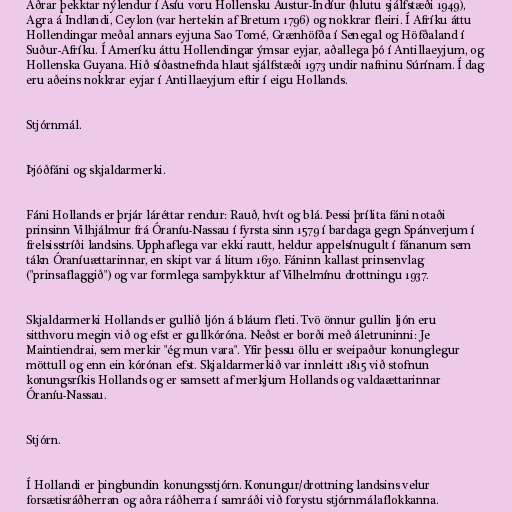
Aðrar þekktar nýlendur í Asíu voru Hollensku Austur-Indíur (hlutu sjálfstæði 1949),
Agra á Indlandi, Ceylon (var hertekin af Bretum 1796) og nokkrar fleiri. Í Afríku áttu
Hollendingar meðal annars eyjuna Sao Tomé, Grænhöfða í Senegal og Höfðaland í
Suður-Afríku. Í Ameríku áttu Hollendingar ýmsar eyjar, aðallega þó í Antillaeyjum, og
Hollenska Guyana. Hið síðastnefnda hlaut sjálfstæði 1973 undir nafninu Súrínam. Í dag
eru aðeins nokkrar eyjar í Antillaeyjum eftir í eigu Hollands.

Stjórnmál.

Þjóðfáni og skjaldarmerki.

Fáni Hollands er þrjár láréttar rendur: Rauð, hvít og blá. Þessi þrílita fáni notaði
prinsinn Vilhjálmur frá Óraníu-Nassau í fyrsta sinn 1579 í bardaga gegn Spánverjum í
frelsisstríði landsins. Upphaflega var ekki rautt, heldur appelsínugult í fánanum sem
tákn Óraníuættarinnar, en skipt var á litum 1630. Fáninn kallast prinsenvlag
("prinsaflaggið") og var formlega samþykktur af Vilhelmínu drottningu 1937.

Skjaldarmerki Hollands er gullið ljón á bláum fleti. Tvö önnur gullin ljón eru
sitthvoru megin við og efst er gullkóróna. Neðst er borði með áletruninni: Je
Maintiendrai, sem merkir "ég mun vara". Yfir þessu öllu er sveipaður konunglegur
möttull og enn ein kórónan efst. Skjaldarmerkið var innleitt 1815 við stofnun
konungsríkis Hollands og er samsett af merkjum Hollands og valdaættarinnar
Óraníu-Nassau.

Stjórn.

Í Hollandi er þingbundin konungsstjórn. Konungur/drottning landsins velur
forsætisráðherran og aðra ráðherra í samráði við forystu stjórnmálaflokkanna.